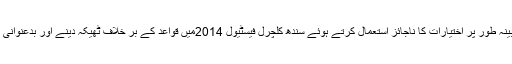
ملزمان پرمبینہ طور پر اختیارات کا ناجائز استعمال کرتے ہوئے سندھ کلچرل فیسٹیول 2014میں قواعد کے بر خلاف ٹھیکہ دینے اور بدعنوانی کا الزام ہے۔